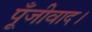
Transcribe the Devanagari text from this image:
पूँजीवाद।